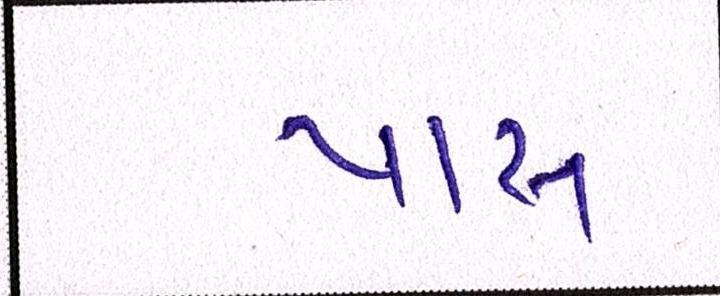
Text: પાસ